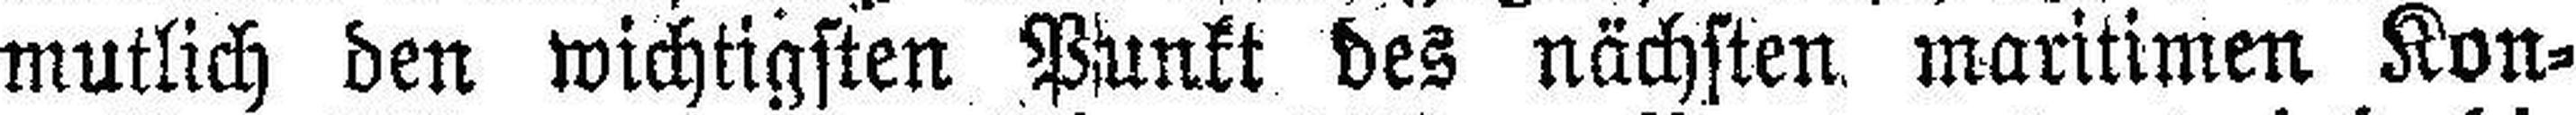
mutlich den wichtigsten Punkt des nächsten maritimen Kon¬